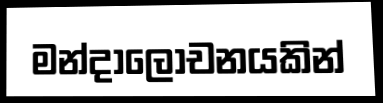
මන්දාලෝචනයකින්